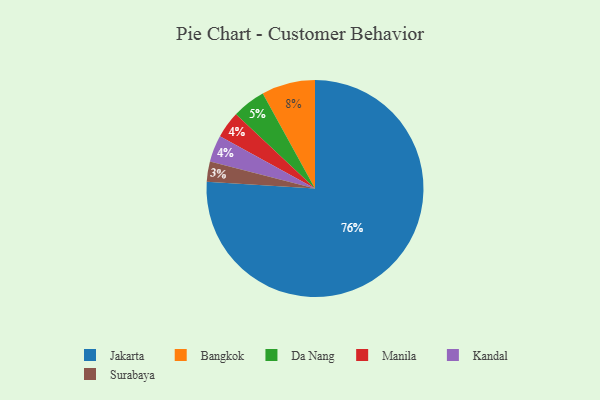
{"axis": {"x": "Category", "y": "Percentage"}, "legend": ["Bangkok", "Da Nang", "Jakarta", "Kandal", "Manila", "Surabaya"], "data": [{"x": "Manila", "y": 4, "type": "Manila"}, {"x": "Surabaya", "y": 3, "type": "Surabaya"}, {"x": "Da Nang", "y": 5, "type": "Da Nang"}, {"x": "Kandal", "y": 4, "type": "Kandal"}, {"x": "Jakarta", "y": 76, "type": "Jakarta"}, {"x": "Bangkok", "y": 8, "type": "Bangkok"}]}